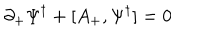
\partial _ { + } { \Psi ^ { \dagger } } + [ A _ { + } , { \Psi ^ { \dagger } } ] = 0